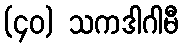
(၄၀) သကဒါဂါမီ